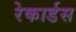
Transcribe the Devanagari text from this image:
रेकार्डस